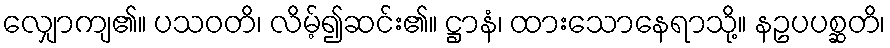
လျှောကျ၏။ ပသဝတိ၊ လိမ့်၍ဆင်း၏။ ဋ္ဌာနံ၊ ထားသောနေရာသို့။ နဥပပစ္ဆတိ၊